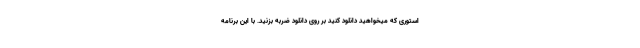
استوری که میخواهید دانلود کنید بر روی دانلود ضربه بزنید. با این برنامه